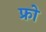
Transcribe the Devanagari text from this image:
फ्रो